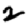
Digit: 2